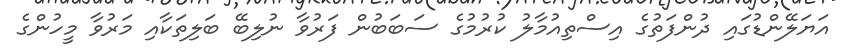
އަޔަލޭންޑުގައި ދުންފަތުގެ އިސްތިއުމާލު ކުރުމުގެ ސަބަބުން ފަރުވާ ނުލިބޭ ބަލިތަކާއި މަރުވާ މީހުންގެ